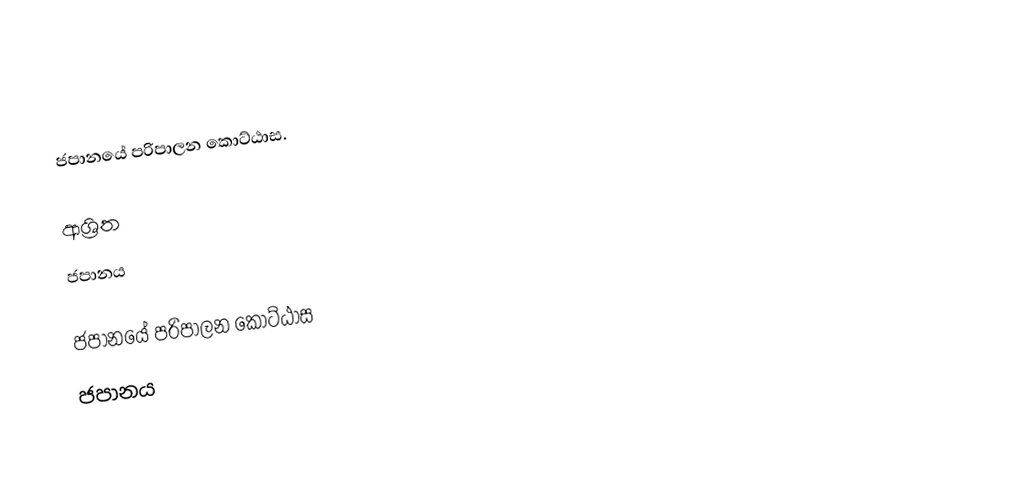
ජපානයේ පරිපාලන කොට්ඨාස.

ආශ්‍රිත
 ජපානය

ජපානයේ පරිපාලන කොට්ඨාස
ජපානය